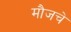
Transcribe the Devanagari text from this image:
मौजचे